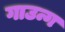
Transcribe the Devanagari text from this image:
गाउन्ग